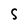
Character: S